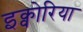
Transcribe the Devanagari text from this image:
इक्वोरिया